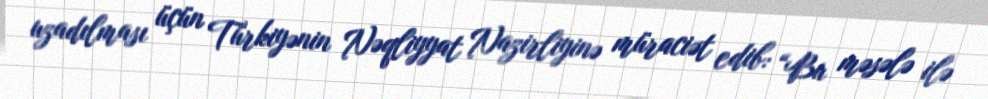
uzadılması üçün Türkiyənin Nəqliyyat Nazirliyinə müraciət edib: “Bu məsələ ilə